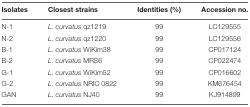
| Isolates | Closest strains | Identities (%) | Accession no. |
 | --- | --- | --- | --- |
 | N-1 | L. curvatus qz1219 | 99 | LC129555 |
 | N-2 | L. curvatus qz1220 | 99 | LC129556 |
 | B-1 | L. curvatus WiKim38 | 99 | CP017124 |
 | B-2 | L. curvatus MRS6 | 99 | CP022474 |
 | G-1 | L. curvatus WiKim52 | 99 | CP016602 |
 | G-2 | L. curvatus NRIC 0822 | 99 | KM676454 |
 | GAN | L. curvatus NJ40 | 99 | KJ914899 |